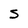
Character: 5